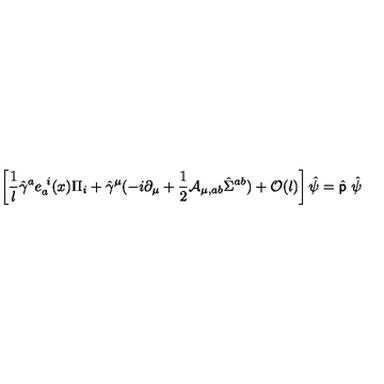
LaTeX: \left[ { \frac { 1 } { l } } \hat { \gamma } ^ { a } e _ { a } ^ { \ i } ( x ) \Pi _ { i } + \hat { \gamma } ^ { \mu } ( - i \partial _ { \mu } + { \frac { 1 } { 2 } } { \mathcal A } _ { \mu , a b } \hat { \Sigma } ^ { a b } ) + { \mathcal O } ( l ) \right] \hat { \psi } = \hat { \sf p } \ \hat { \psi }